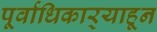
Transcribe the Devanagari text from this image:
पूर्वाधिकार्‍याहून